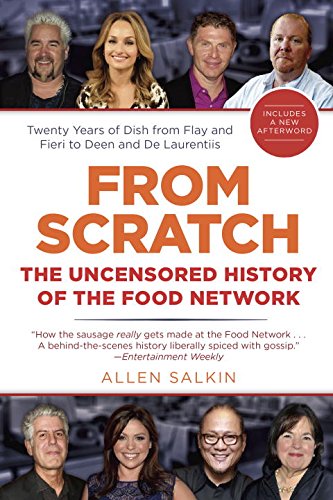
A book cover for From Scratch: The Uncensored History of the Food Network; Allen Salkin; Humor & Entertainment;